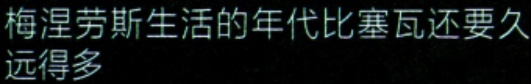
梅涅劳斯生活的年代比塞瓦还要久远得多